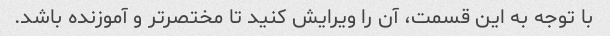
با توجه به این قسمت، آن را ویرایش کنید تا مختصرتر و آموزنده باشد.